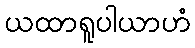
ယထာရူပါယာဟံ